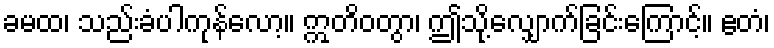
ခမထ၊ သည်းခံပါကုန်လော့။ ဣတိဝတွာ၊ ဤသို့လျှောက်ခြင်းကြောင့်။ ဧတံ၊